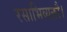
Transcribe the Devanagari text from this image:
रसाभिव्यक्तौ।